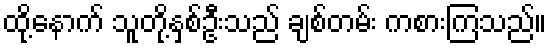
ထို့နောက် သူတို့နှစ်ဦးသည် ချစ်တမ်း ကစားကြသည်။